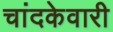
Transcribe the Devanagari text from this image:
चांदकेवारी